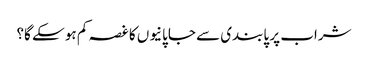
شراب پر پابندی سے جاپانیوں کا غصہ کم ہو سکے گا؟